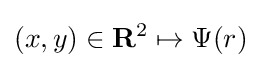
(x,y)\in \mathbf {R} ^{2}\mapsto \Psi (r)